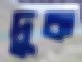
দুক